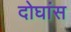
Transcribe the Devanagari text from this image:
दोघांस